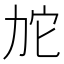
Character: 𱐯